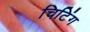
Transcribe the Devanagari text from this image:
चिटिंग